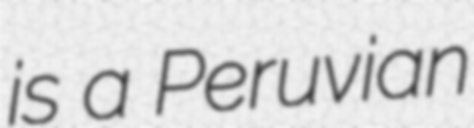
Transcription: is a Peruvian